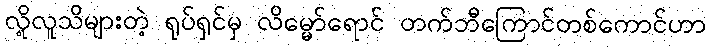
လို့လူသိများတဲ့ ရုပ်ရှင်မှ လိမ္မော်ရောင် တက်ဘီကြောင်တစ်ကောင်ဟာ